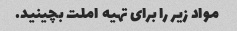
مواد زیر را برای تهیه املت بچینید.